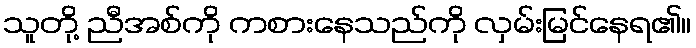
သူတို့ ညီအစ်ကို ကစားနေသည်ကို လှမ်းမြင်နေရ၏။